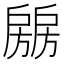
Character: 𰒶